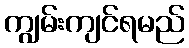
ကျွမ်းကျင်ရမည်